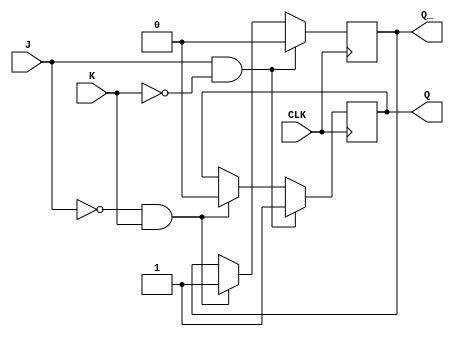
module jk_latch (
    input J,
    input K,
    input CLK,
    output reg Q,
    output reg Q_
);

always @(posedge CLK) begin
    if (J & !K) begin
        Q <= 1;
        Q_ <= 0;
    end else if (!J & K) begin
        Q <= 0;
        Q_ <= 1;
    end else if (J & K) begin
        // no change in state
    end else begin
        // hold the current state
    end
end

endmodule